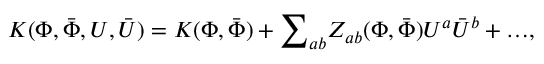
K ( \Phi , { \bar { \Phi } } , U , { \bar { U } } ) = K ( { \Phi } , { \bar { \Phi } } ) + { \sum } _ { a b } Z _ { a b } ( { \Phi } , { \bar { \Phi } } ) U ^ { a } { \bar { U } } ^ { b } + { \dots } ,